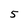
Character: 5